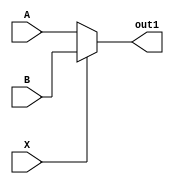
module test(A,B, X, out1);
input A, B, X;
output reg out1;
always @(*) begin
    if(X==0)
    out1=A;
    else
    out1 = B;
end
endmodule